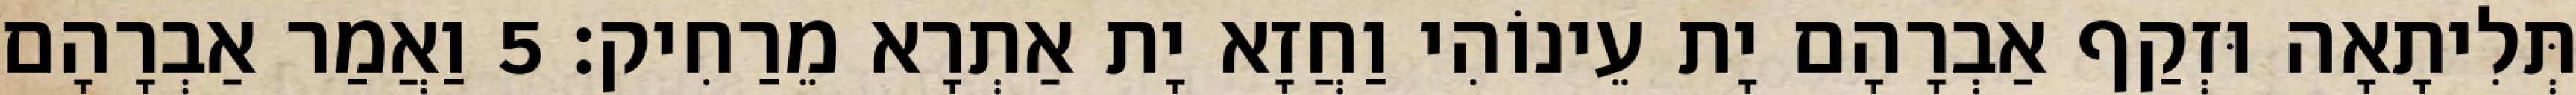
תְּלִיתָאָה וּזְקַף אַבְרָהָם יָת עֵינוֹהִי וַחֲזָא יָת אַתְרָא מֵרַחִיק׃ 5 וַאֲמַר אַבְרָהָם